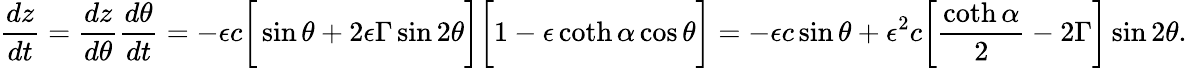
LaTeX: \frac{dz}{dt}=\frac{dz}{d\theta}\frac{d\theta}{dt}=-\epsilon c\bigg[\sin\theta+2\epsilon\Gamma\sin 2\theta\bigg]\bigg[1-\epsilon\coth\alpha\cos\theta\bigg]=-\epsilon c\sin\theta+\epsilon^{2}c\bigg[\frac{\coth\alpha}{2}-2\Gamma\bigg]\sin 2\theta.